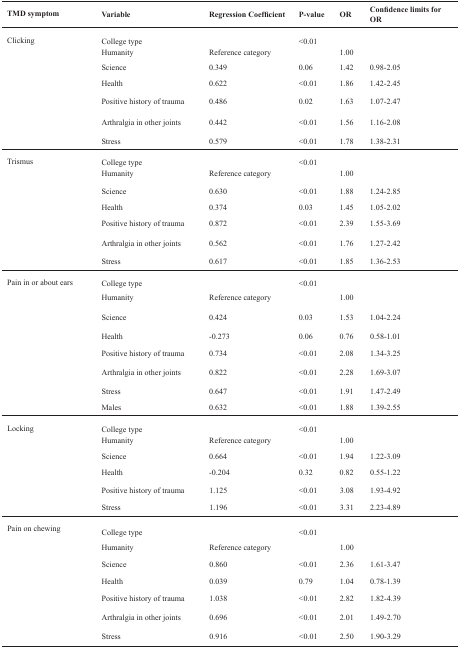
<table><thead><tr><td><b>TMD symptom</b></td><td><b>Variable</b></td><td><b>Regression Coefficient</b></td><td><b>P-value</b></td><td><b>OR</b></td><td><b>Confidence limits for OR</b></td></tr></thead><tbody><tr><td rowspan="7">Clicking</td><td>College type</td><td></td><td>&lt;0.01</td><td></td><td></td></tr><tr><td>Humanity</td><td colspan="2">Reference category</td><td>1.00</td><td></td></tr><tr><td>Science</td><td>0.349</td><td>0.06</td><td>1.42</td><td>0.98-2.05</td></tr><tr><td>Health</td><td>0.622</td><td>&lt;0.01</td><td>1.86</td><td>1.42-2.45</td></tr><tr><td>Positive history of trauma</td><td>0.486</td><td>0.02</td><td>1.63</td><td>1.07-2.47</td></tr><tr><td>Arthralgia in other joints</td><td>0.442</td><td>&lt;0.01</td><td>1.56</td><td>1.16-2.08</td></tr><tr><td>Stress</td><td>0.579</td><td>&lt;0.01</td><td>1.78</td><td>1.38-2.31</td></tr><tr><td rowspan="7">Trismus</td><td>College type</td><td></td><td>&lt;0.01</td><td></td><td></td></tr><tr><td>Humanity</td><td colspan="2">Reference category</td><td>1.00</td><td></td></tr><tr><td>Science</td><td>0.630</td><td>&lt;0.01</td><td>1.88</td><td>1.24-2.85</td></tr><tr><td>Health</td><td>0.374</td><td>0.03</td><td>1.45</td><td>1.05-2.02</td></tr><tr><td>Positive history of trauma</td><td>0.872</td><td>&lt;0.01</td><td>2.39</td><td>1.55-3.69</td></tr><tr><td>Arthralgia in other joints</td><td>0.562</td><td>&lt;0.01</td><td>1.76</td><td>1.27-2.42</td></tr><tr><td>Stress</td><td>0.617</td><td>&lt;0.01</td><td>1.85</td><td>1.36-2.53</td></tr><tr><td rowspan="8">Pain in or about ears</td><td>College type</td><td></td><td>&lt;0.01</td><td></td><td></td></tr><tr><td>Humanity</td><td colspan="2">Reference category</td><td>1.00</td><td></td></tr><tr><td>Science</td><td>0.424</td><td>0.03</td><td>1.53</td><td>1.04-2.24</td></tr><tr><td>Health</td><td>-0.273</td><td>0.06</td><td>0.76</td><td>0.58-1.01</td></tr><tr><td>Positive history of trauma</td><td>0.734</td><td>&lt;0.01</td><td>2.08</td><td>1.34-3.25</td></tr><tr><td>Arthralgia in other joints</td><td>0.822</td><td>&lt;0.01</td><td>2.28</td><td>1.69-3.07</td></tr><tr><td>Stress</td><td>0.647</td><td>&lt;0.01</td><td>1.91</td><td>1.47-2.49</td></tr><tr><td>Males</td><td>0.632</td><td>&lt;0.01</td><td>1.88</td><td>1.39-2.55</td></tr><tr><td rowspan="6">Locking</td><td>College type</td><td></td><td>&lt;0.01</td><td></td><td></td></tr><tr><td>Humanity</td><td colspan="2">Reference category</td><td>1.00</td><td></td></tr><tr><td>Science</td><td>0.664</td><td>&lt;0.01</td><td>1.94</td><td>1.22-3.09</td></tr><tr><td>Health</td><td>-0.204</td><td>0.32</td><td>0.82</td><td>0.55-1.22</td></tr><tr><td>Positive history of trauma</td><td>1.125</td><td>&lt;0.01</td><td>3.08</td><td>1.93-4.92</td></tr><tr><td>Stress</td><td>1.196</td><td>&lt;0.01</td><td>3.31</td><td>2.23-4.89</td></tr><tr><td rowspan="7">Pain on chewing</td><td>College type</td><td></td><td>&lt;0.01</td><td></td><td></td></tr><tr><td>Humanity</td><td colspan="2">Reference category</td><td>1.00</td><td></td></tr><tr><td>Science</td><td>0.860</td><td>&lt;0.01</td><td>2.36</td><td>1.61-3.47</td></tr><tr><td>Health</td><td>0.039</td><td>0.79</td><td>1.04</td><td>0.78-1.39</td></tr><tr><td>Positive history of trauma</td><td>1.038</td><td>&lt;0.01</td><td>2.82</td><td>1.82-4.39</td></tr><tr><td>Arthralgia in other joints</td><td>0.696</td><td>&lt;0.01</td><td>2.01</td><td>1.49-2.70</td></tr><tr><td>Stress</td><td>0.916</td><td>&lt;0.01</td><td>2.5</td><td>1.90-3.29</td></tr></tbody></table>